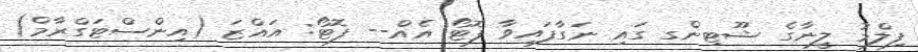
ފިލްމު ލީނާގެ ޝޫޓިންގ ގައި ނަގާފައިވާ ފޮޓޯ އެއް-- ފޮޓޯ: އައްޒަ (އިންސްޓަގްރާމް)